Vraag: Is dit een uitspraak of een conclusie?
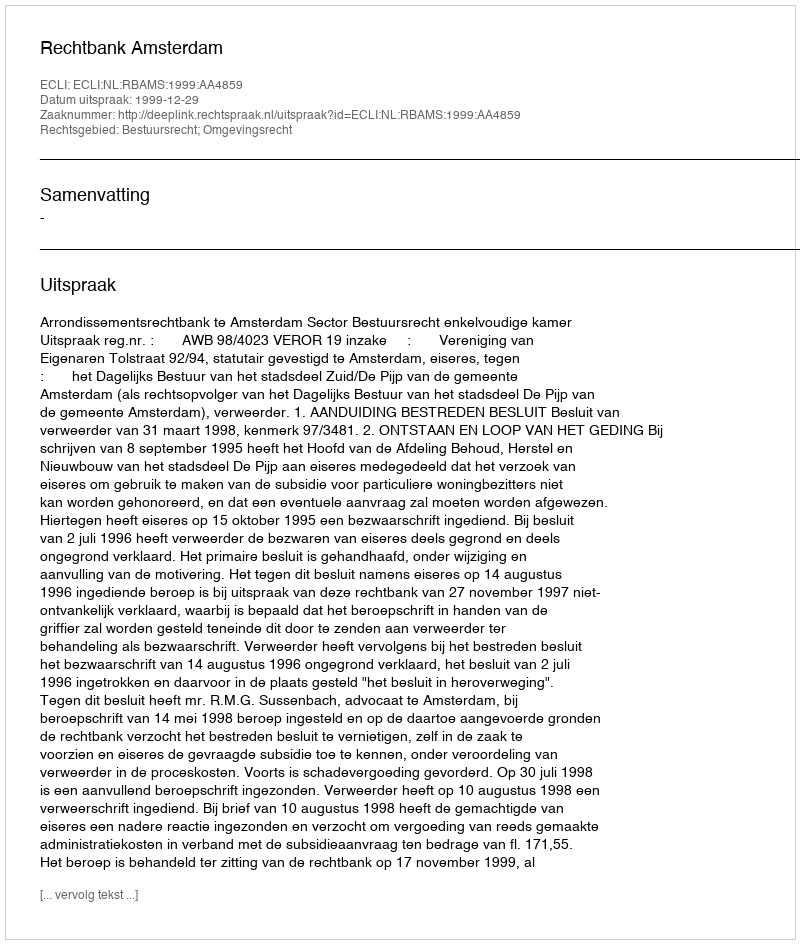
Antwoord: Uitspraak